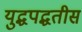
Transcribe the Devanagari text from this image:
युद्धपद्धतीस